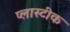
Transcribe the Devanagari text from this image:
प्लास्टीक